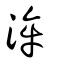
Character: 洠